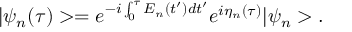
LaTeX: | \psi _ { n } ( \tau ) > = e ^ { - i \int _ { 0 } ^ { \tau } E _ { n } ( t ^ { \prime } ) d t ^ { \prime } } e ^ { i \eta _ { n } ( \tau ) } | \psi _ { n } > .